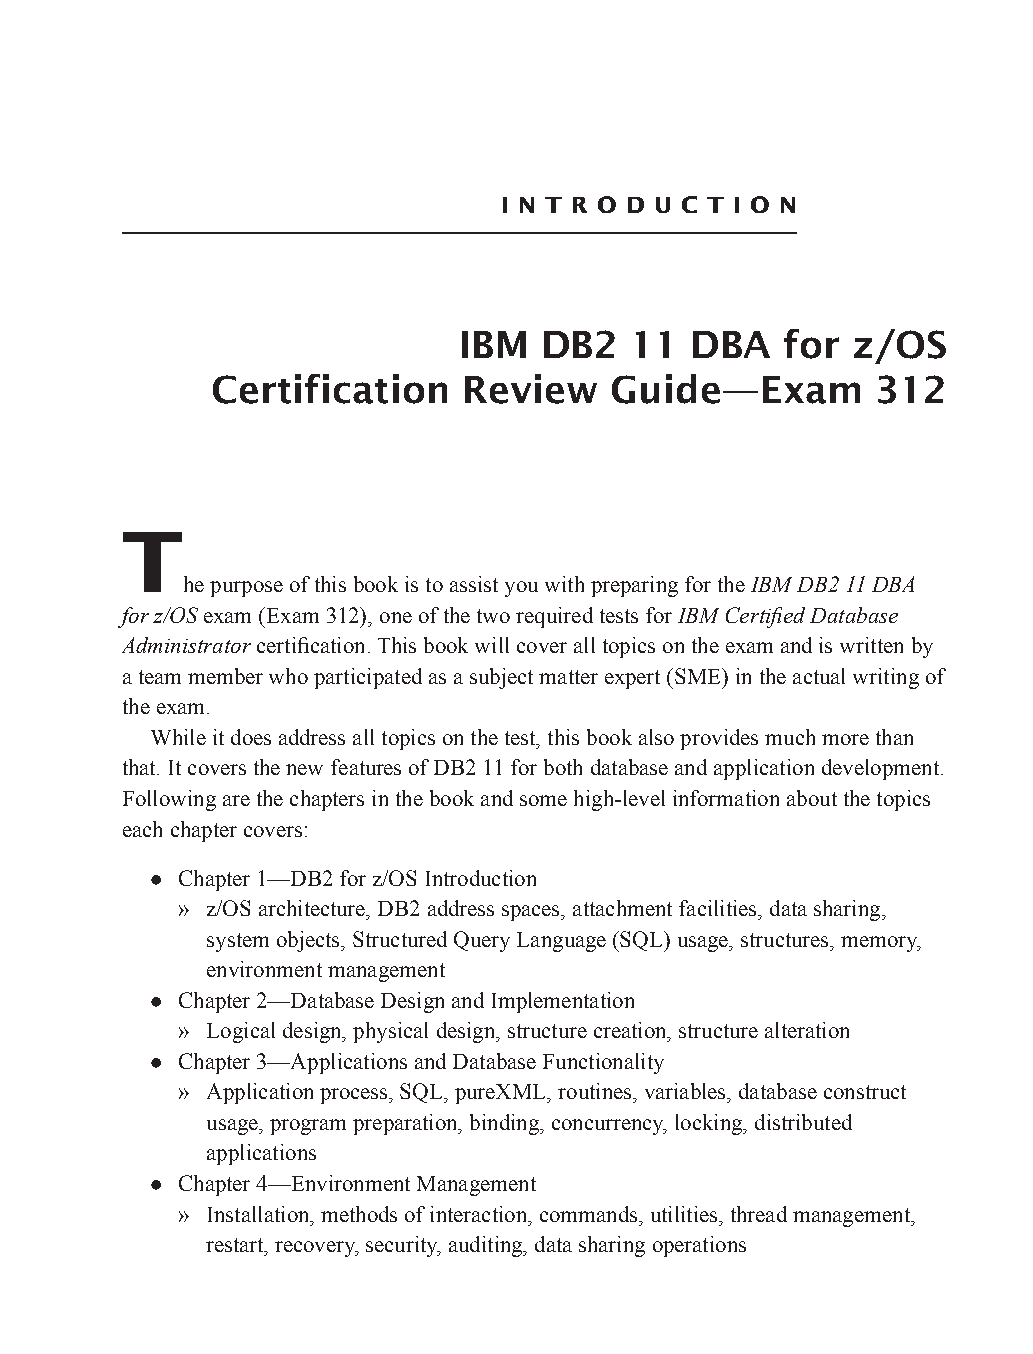
I n t r o d u c t I o n
 IBM  DB2   11  DBA   for  z/OS
 Certification    Review    Guide—Exam       312
 t
 he purpose of this book is to assist you with preparing for the IBM DB2 11 DBA
 for z/OS exam (Exam 312), one of the two required tests for IBM Certified Database
 Administrator certification. This book will cover all topics on the exam and is written by
 a team member who participated as a subject matter expert (SME) in the actual writing of
 the exam.
 While it does address all topics on the test, this book also provides much more than
 that. It covers the new features of DB2 11 for both database and application development.
 Following are the chapters in the book and some high-level information about the topics
 each chapter covers:
 z Chapter 1—DB2 for z/OS Introduction
 » z/OS architecture, DB2 address spaces, attachment facilities, data sharing,
 system objects, Structured Query Language (SQL) usage, structures, memory,
 environment management
 z Chapter 2—Database Design and Implementation
 » Logical design, physical design, structure creation, structure alteration
 z Chapter 3—Applications and Database Functionality
 » Application process, SQL, pureXML, routines, variables, database construct
 usage, program preparation, binding, concurrency, locking, distributed
 applications
 z Chapter 4—Environment Management
 » Installation, methods of interaction, commands, utilities, thread management,
 restart, recovery, security, auditing, data sharing operations